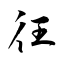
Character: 彺